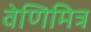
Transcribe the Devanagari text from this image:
वेणिमित्र